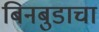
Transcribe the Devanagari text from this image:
बिनबुडाचा